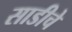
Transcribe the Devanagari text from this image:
साडीचे